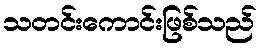
သတင်းကောင်းဖြစ်သည်